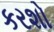
કરશો